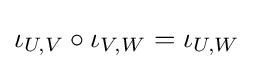
\iota _{U,V}\circ \iota _{V,W}=\iota _{U,W}